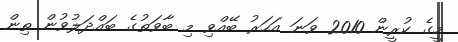
މީގެ ކުރީން 2010 ވަނަ އަހަރު ބޭއްވި މި ބާވަތުގެ ބައްދަލުވުން ތިން